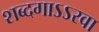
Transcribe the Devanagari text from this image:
शब्दगाऽऽरवा